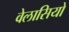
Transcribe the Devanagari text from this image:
वेलासियो